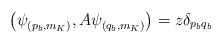
\begin{align*} \bigl( \psi_{(p_b,m_K)}^{},A \psi_{(q_b, m_K)}^{}\bigr)=z\delta_{p_b q_b}\end{align*}